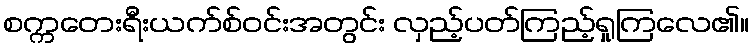
စက္ကတေးရီးယက်စ်ဝင်းအတွင်း လှည့်ပတ်ကြည့်ရှုကြလေ၏။